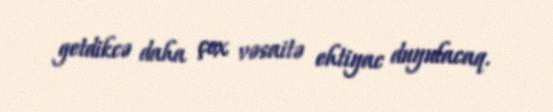
getdikcə daha çox vəsaitə ehtiyac duyulacaq.